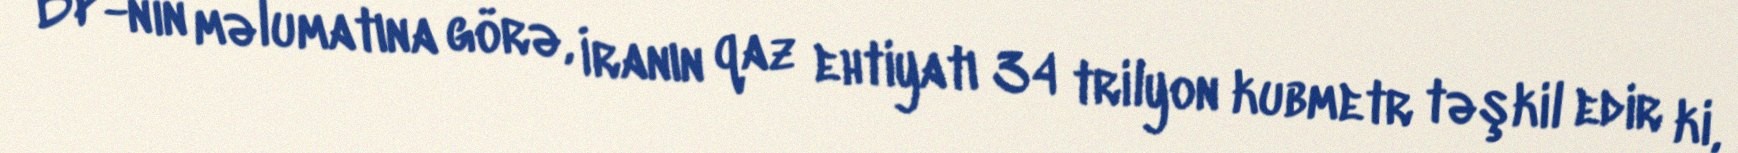
BP-nin məlumatına görə, İranın qaz ehtiyatı 34 trilyon kubmetr təşkil edir ki,